Regulations for the medical services of the Army of India
Year: 1930
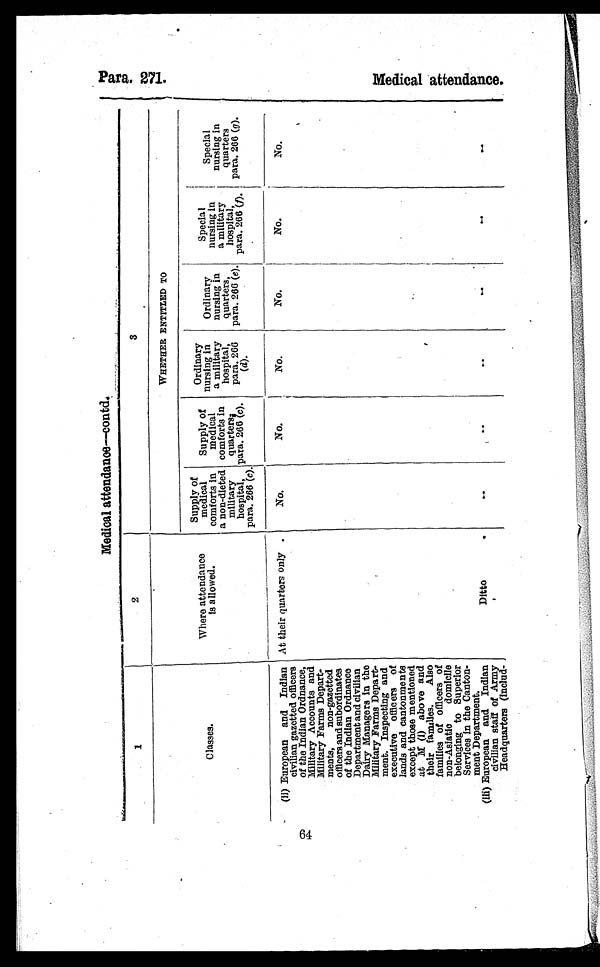
64
Medical attendance—contd.
1
2
3
WHETHER ENTITLED TO
Classes.
Where attendance
is allowed.
Supply of
medical
comforts in
a non-dieted
military
hospital,
para. 266 (c).
Supply of
medical
comforts in
quarters , p a r a . 2 6 6 (
c ) .
Ordinary
nursing in
a military
hospital,
para. 266
(d).
Ordinary
nursing in
quarters,
para. 266 ( e ) .
Special
nursing in
a military
hospital,
para. 266 (f).
Special
nursing in
quarters
p a r a 2 6 6 (
g ).
(ii) European and Indian
civilian gazetted officers
of the Indian Ordnance,
Military Accounts and
Military Farms Depart
¬ments, non-gazetted
officers and subordinates
of the Indian Ordnance
Department and civilian
Dairy Managers in the
Military Farms Depart
¬ment. Inspecting and
executive officers of
lands and cantonments
except those mentioned
at M (i) above and
their families. Also
families of officers of
non-Asiatic domicile
belonging to Superior
Services in the Canton
¬ment Department.
At their quarters only
No.
No.
No.
No.
No.
No.
(iii) European and Indian
civilian staff of Army
Headquarters (includ-
Ditto.
..
. .
. .
. .
. .
. .
P
ara. 271
M e d i c a l a t t e n d a n c e .